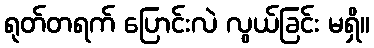
ရုတ်တရက် ပြောင်းလဲ လွယ်ခြင်း မရှိ။